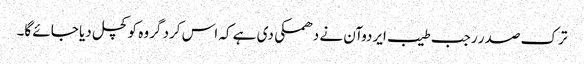
ترک صدر رجب طیب ایردوآن نے دھمکی دی ہے کہ اس کرد گروہ کو کچل دیا جائے گا۔